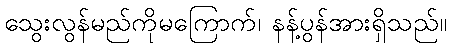
သွေးလွန်မည်ကိုမကြောက်၊ နန့်ပွန်အားရှိသည်။